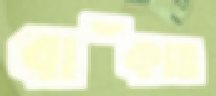
বাঁকাও